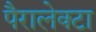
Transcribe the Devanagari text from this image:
पैरालेक्टा